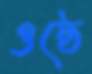
ওষ্ঠে